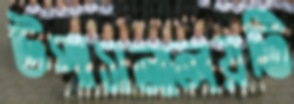
উপাসনালয়টি